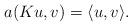
LaTeX: \begin{align*}a(Ku, v) = \langle u, v \rangle.\end{align*}